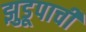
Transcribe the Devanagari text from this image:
झुडूपाची